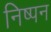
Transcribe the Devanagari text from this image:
निष्पन